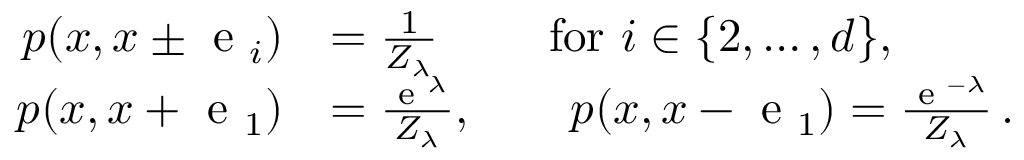
\begin{array} { r l } { p ( x , x \pm \textup { e } _ { i } ) } & { = \frac { 1 } { Z _ { \lambda } } \qquad \mathrm { ~ f o r ~ } i \in \{ 2 , \dots , d \} , } \\ { p ( x , x + \textup { e } _ { 1 } ) } & { = \frac { \textup { e } ^ { \lambda } } { Z _ { \lambda } } , \qquad p ( x , x - \textup { e } _ { 1 } ) = \frac { \textup { e } ^ { - \lambda } } { Z _ { \lambda } } \, . } \end{array}